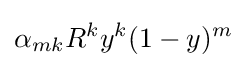
\alpha _{mk}R^{k}y^{k}(1-y)^{m}